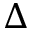
\Delta